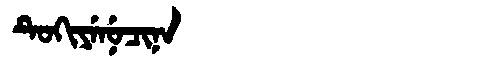
Manchu: ᡨᡠᡴᡳᠶᡝᠨᡠᠴᡳᠨᠠ
Romanization: TUKIYENUCINA